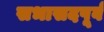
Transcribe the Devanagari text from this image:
सभासदपूर्व